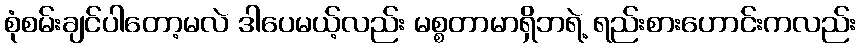
စုံစမ်းချင်ပါတော့မလဲ ဒါပေမယ့်လည်း မစ္စတာမာရှိဘရဲ့ ရည်းစားဟောင်းကလည်း